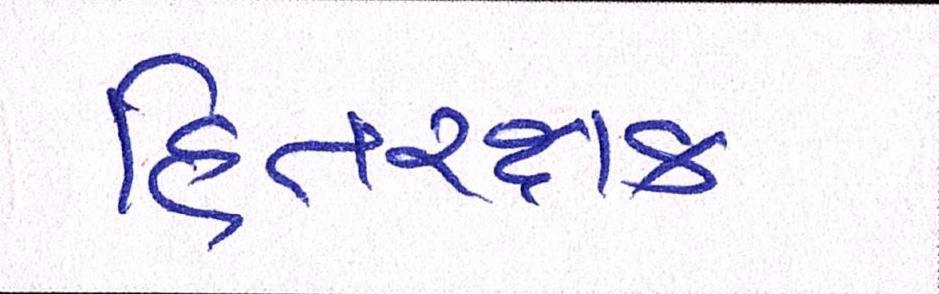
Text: હિતરક્ષક